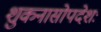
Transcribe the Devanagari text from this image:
शुकनासोपदेशः